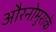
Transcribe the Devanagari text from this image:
औरनोमुराके